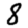
Digit: 8